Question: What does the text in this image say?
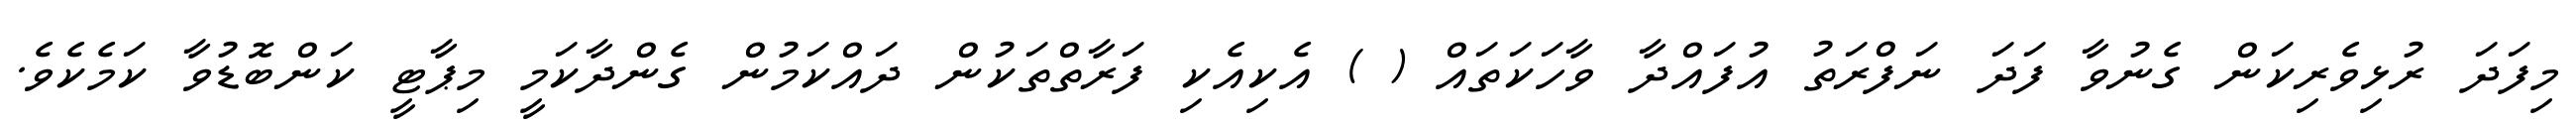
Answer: މިފަދަ ރުޅިވެރިކަން ގެނުވާ ފަދަ ނަފްރަތު އުފައްދާ ވާހަކަތައް ( ) އެކިއެކި ފަރާތްތަކުން ދައްކަމުން ގެންދާކަމީ މިޕާޓީ ކަންބޮޑުވާ ކަމެކެވެ.